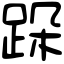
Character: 跺